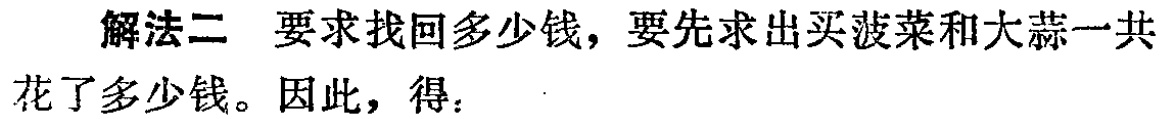
解法二 要求找回多少钱，要先求出买菠菜和大蒜一共花了多少钱。因此，得：